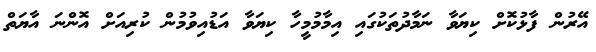
އޭރުން ފާޅުކޮށް ކިޔަވާ ނަމާދުތަކުގައި އިމާމުމީހާ ކިޔަވާ އަޑުއިވުމުން ކުރިއަށް އޮންނަ އާޔަތް